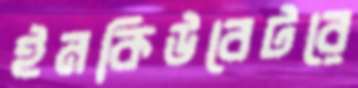
ইনকিউবেটরে